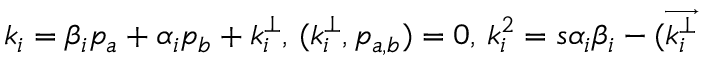
k _ { i } = \beta _ { i } p _ { a } + \alpha _ { i } p _ { b } + k _ { i } ^ { \perp } , \, ( k _ { i } ^ { \perp } , p _ { a , b } ) = 0 , \, k _ { i } ^ { 2 } = s \alpha _ { i } \beta _ { i } - ( \overrightarrow { k _ { i } ^ { \perp } }